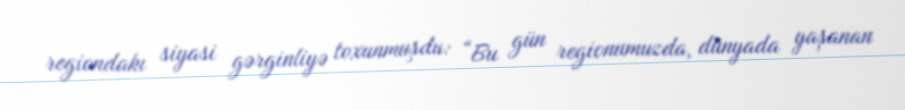
regiondakı siyasi gərginliyə toxunmuşdu: “Bu gün regionumuzda, dünyada yaşanan